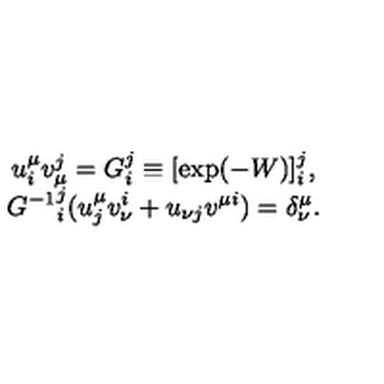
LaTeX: \begin{array} { c } { u _ { i } ^ { \mu } v _ { \mu } ^ { j } = G _ { i } ^ { j } \equiv [ \exp ( - W ) ] _ { i } ^ { j } , } \\ { { G ^ { - 1 } } _ { i } ^ { j } ( u _ { j } ^ { \mu } v _ { \nu } ^ { i } + u _ { \nu j } v ^ { \mu i } ) = \delta _ { \nu } ^ { \mu } . } \\ \end{array}